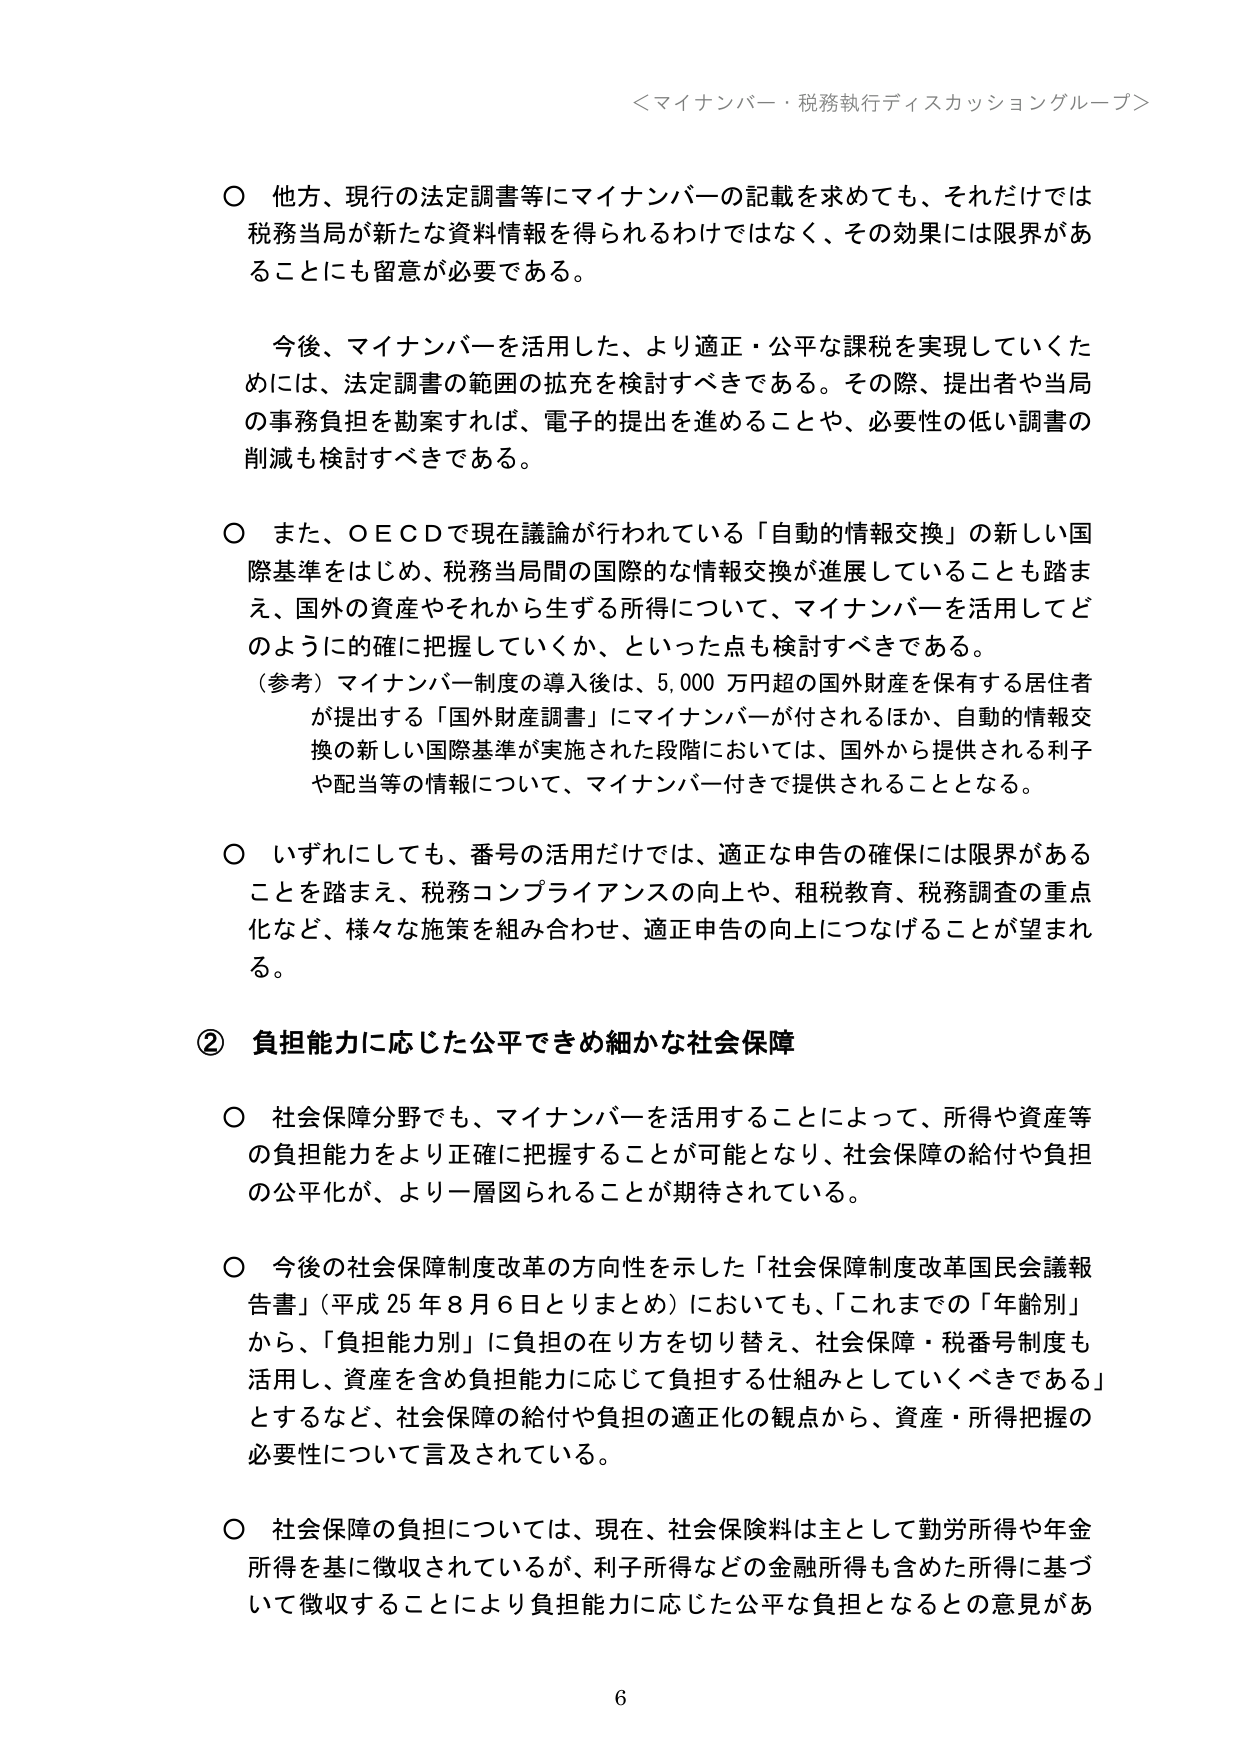
＜マイナンバー・税務執行ディスカッショングループ＞

○ 他方、現行の法定調書等にマイナンバーの記載を求めても、それだけでは税務当局が新たな資料情報を得られるわけではなく、その効果には限界があることにも留意が必要である。

　今後、マイナンバーを活用した、より適正・公平な課税を実現していくためには、法定調書の範囲の拡充を検討すべきである。その際、提出者や当局の事務負担を勘案すれば、電子的提出を進めることや、必要性の低い調書の削減も検討すべきである。

○ また、ＯＥＣＤで現在議論が行われている「自動的情報交換」の新しい国際基準をはじめ、税務当局間の国際的な情報交換が進展していることも踏まえ、国外の資産やそれから生ずる所得について、マイナンバーを活用してどのように的確に把握していくか、といった点も検討すべきである。
（参考）マイナンバー制度の導入後は、5,000万円超の国外財産を保有する居住者が提出する「国外財産調書」にマイナンバーが付されるほか、自動的情報交換の新しい国際基準が実施された段階においては、国外から提供される利子や配当等の情報について、マイナンバー付きで提供されることとなる。

○ いずれにしても、番号の活用だけでは、適正な申告の確保には限界があることを踏まえ、税務コンプライアンスの向上や、租税教育、税務調査の重点化など、様々な施策を組み合わせ、適正申告の向上につなげることが望まれる。

② 負担能力に応じた公平できめ細かな社会保障

○ 社会保障分野でも、マイナンバーを活用することによって、所得や資産等の負担能力をより正確に把握することが可能となり、社会保障の給付や負担の公平化が、より一層図られることが期待されている。

○ 今後の社会保障制度改革の方向性を示した「社会保障制度改革国民会議報告書」（平成25年8月6日とりまとめ）においても、「これまでの「年齢別」から、「負担能力別」に負担の在り方を切り替え、社会保障・税番号制度も活用し、資産を含め負担能力に応じて負担する仕組みとしていくべきである」とするなど、社会保障の給付や負担の適正化の観点から、資産・所得把握の必要性について言及されている。

○ 社会保障の負担については、現在、社会保険料は主として勤労所得や年金所得を基に徴収されているが、利子所得などの金融所得も含めた所得に基づいて徴収することにより負担能力に応じた公平な負担となるとの意見があ

6